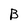
Character: B